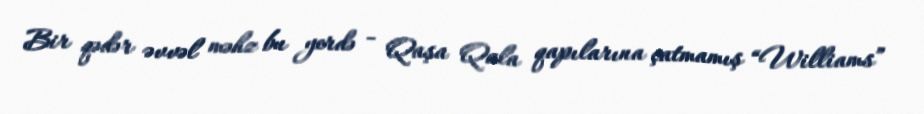
Bir qədər əvvəl məhz bu yerdə - Qaşa Qala qapılarına çatmamış “Williams”